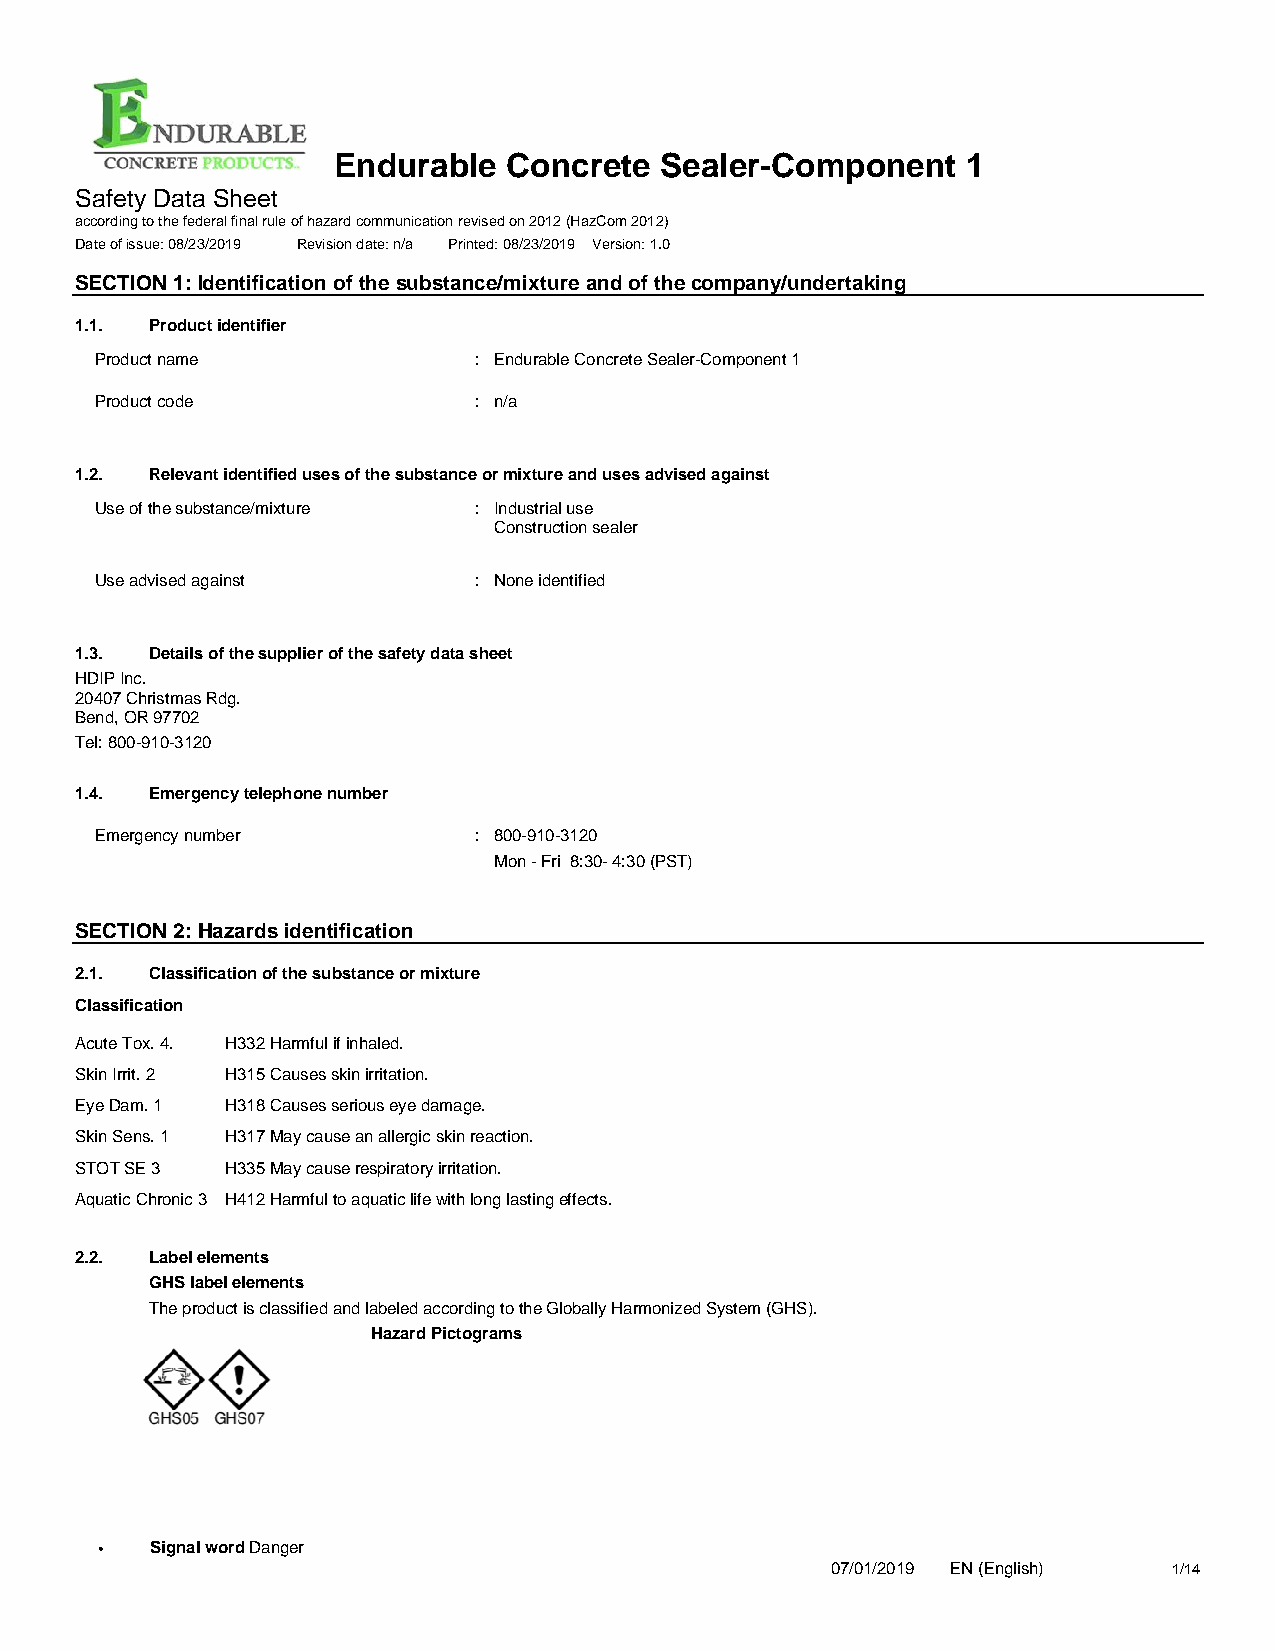
Endurable   Concrete  Sealer-Component    1
 Safety Data Sheet
 according to the federal final rule of hazard communication revised on 2012 (HazCom 2012)
 Date of issue: 08/23/2019 Revision date: n/a Printed: 08/23/2019 Version: 1.0
 SECTION 1: Identification of the substance/mixture and of the company/undertaking
 1.1. Product identifier
 Product name             : Endurable Concrete Sealer-Component 1
 Product code             : n/a
 1.2. Relevant identified uses of the substance or mixture and uses advised against
 Use of the substance/mixture : Industrial use
 Construction sealer
 Use advised against      : None identified
 1.3. Details of the supplier of the safety data sheet
 HDIP Inc.
 20407 Christmas Rdg.
 Bend, OR 97702
 Tel: 800-910-3120
 1.4. Emergency telephone number
 Emergency number         : 800-910-3120
 Mon - Fri 8:30- 4:30 (PST)
 SECTION 2: Hazards identification
 2.1. Classification of the substance or mixture
 Classification
 Acute Tox. 4. H332 Harmful if inhaled.
 Skin Irrit. 2 H315 Causes skin irritation.
 Eye Dam. 1 H318 Causes serious eye damage.
 Skin Sens. 1 H317 May cause an allergic skin reaction.
 STOT SE 3 H335 May cause respiratory irritation.
 Aquatic Chronic 3 H412 Harmful to aquatic life with long lasting effects.
 2.2. Label elements
 GHS label elements
 The product is classified and labeled according to the Globally Harmonized System (GHS).
 Hazard Pictograms
 •   Signal word Danger
 07/01/2019 EN (English) 1/14